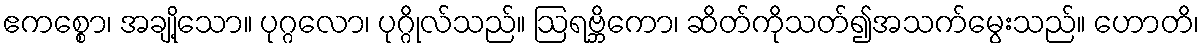
ဧကစ္စော၊ အချို့သော။ ပုဂ္ဂလော၊ ပုဂ္ဂိုလ်သည်။ ဩရဗ္ဘိကော၊ ဆိတ်ကိုသတ်၍အသက်မွေးသည်။ ဟောတိ၊